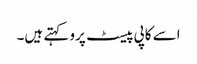
اسے کاپی پیسٹ پرو کہتے ہیں۔